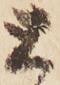
と